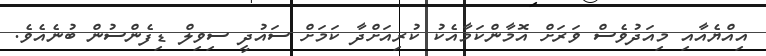
އިއްޔެއާއި މިއަދުވެސް ވަރަށް އޮމާންކަމާއެކު ކުރިއަށްދާ ކަމަށް ސައުދީ ސިވިލް ޑިފެންސުން ބުނެއެވެ.